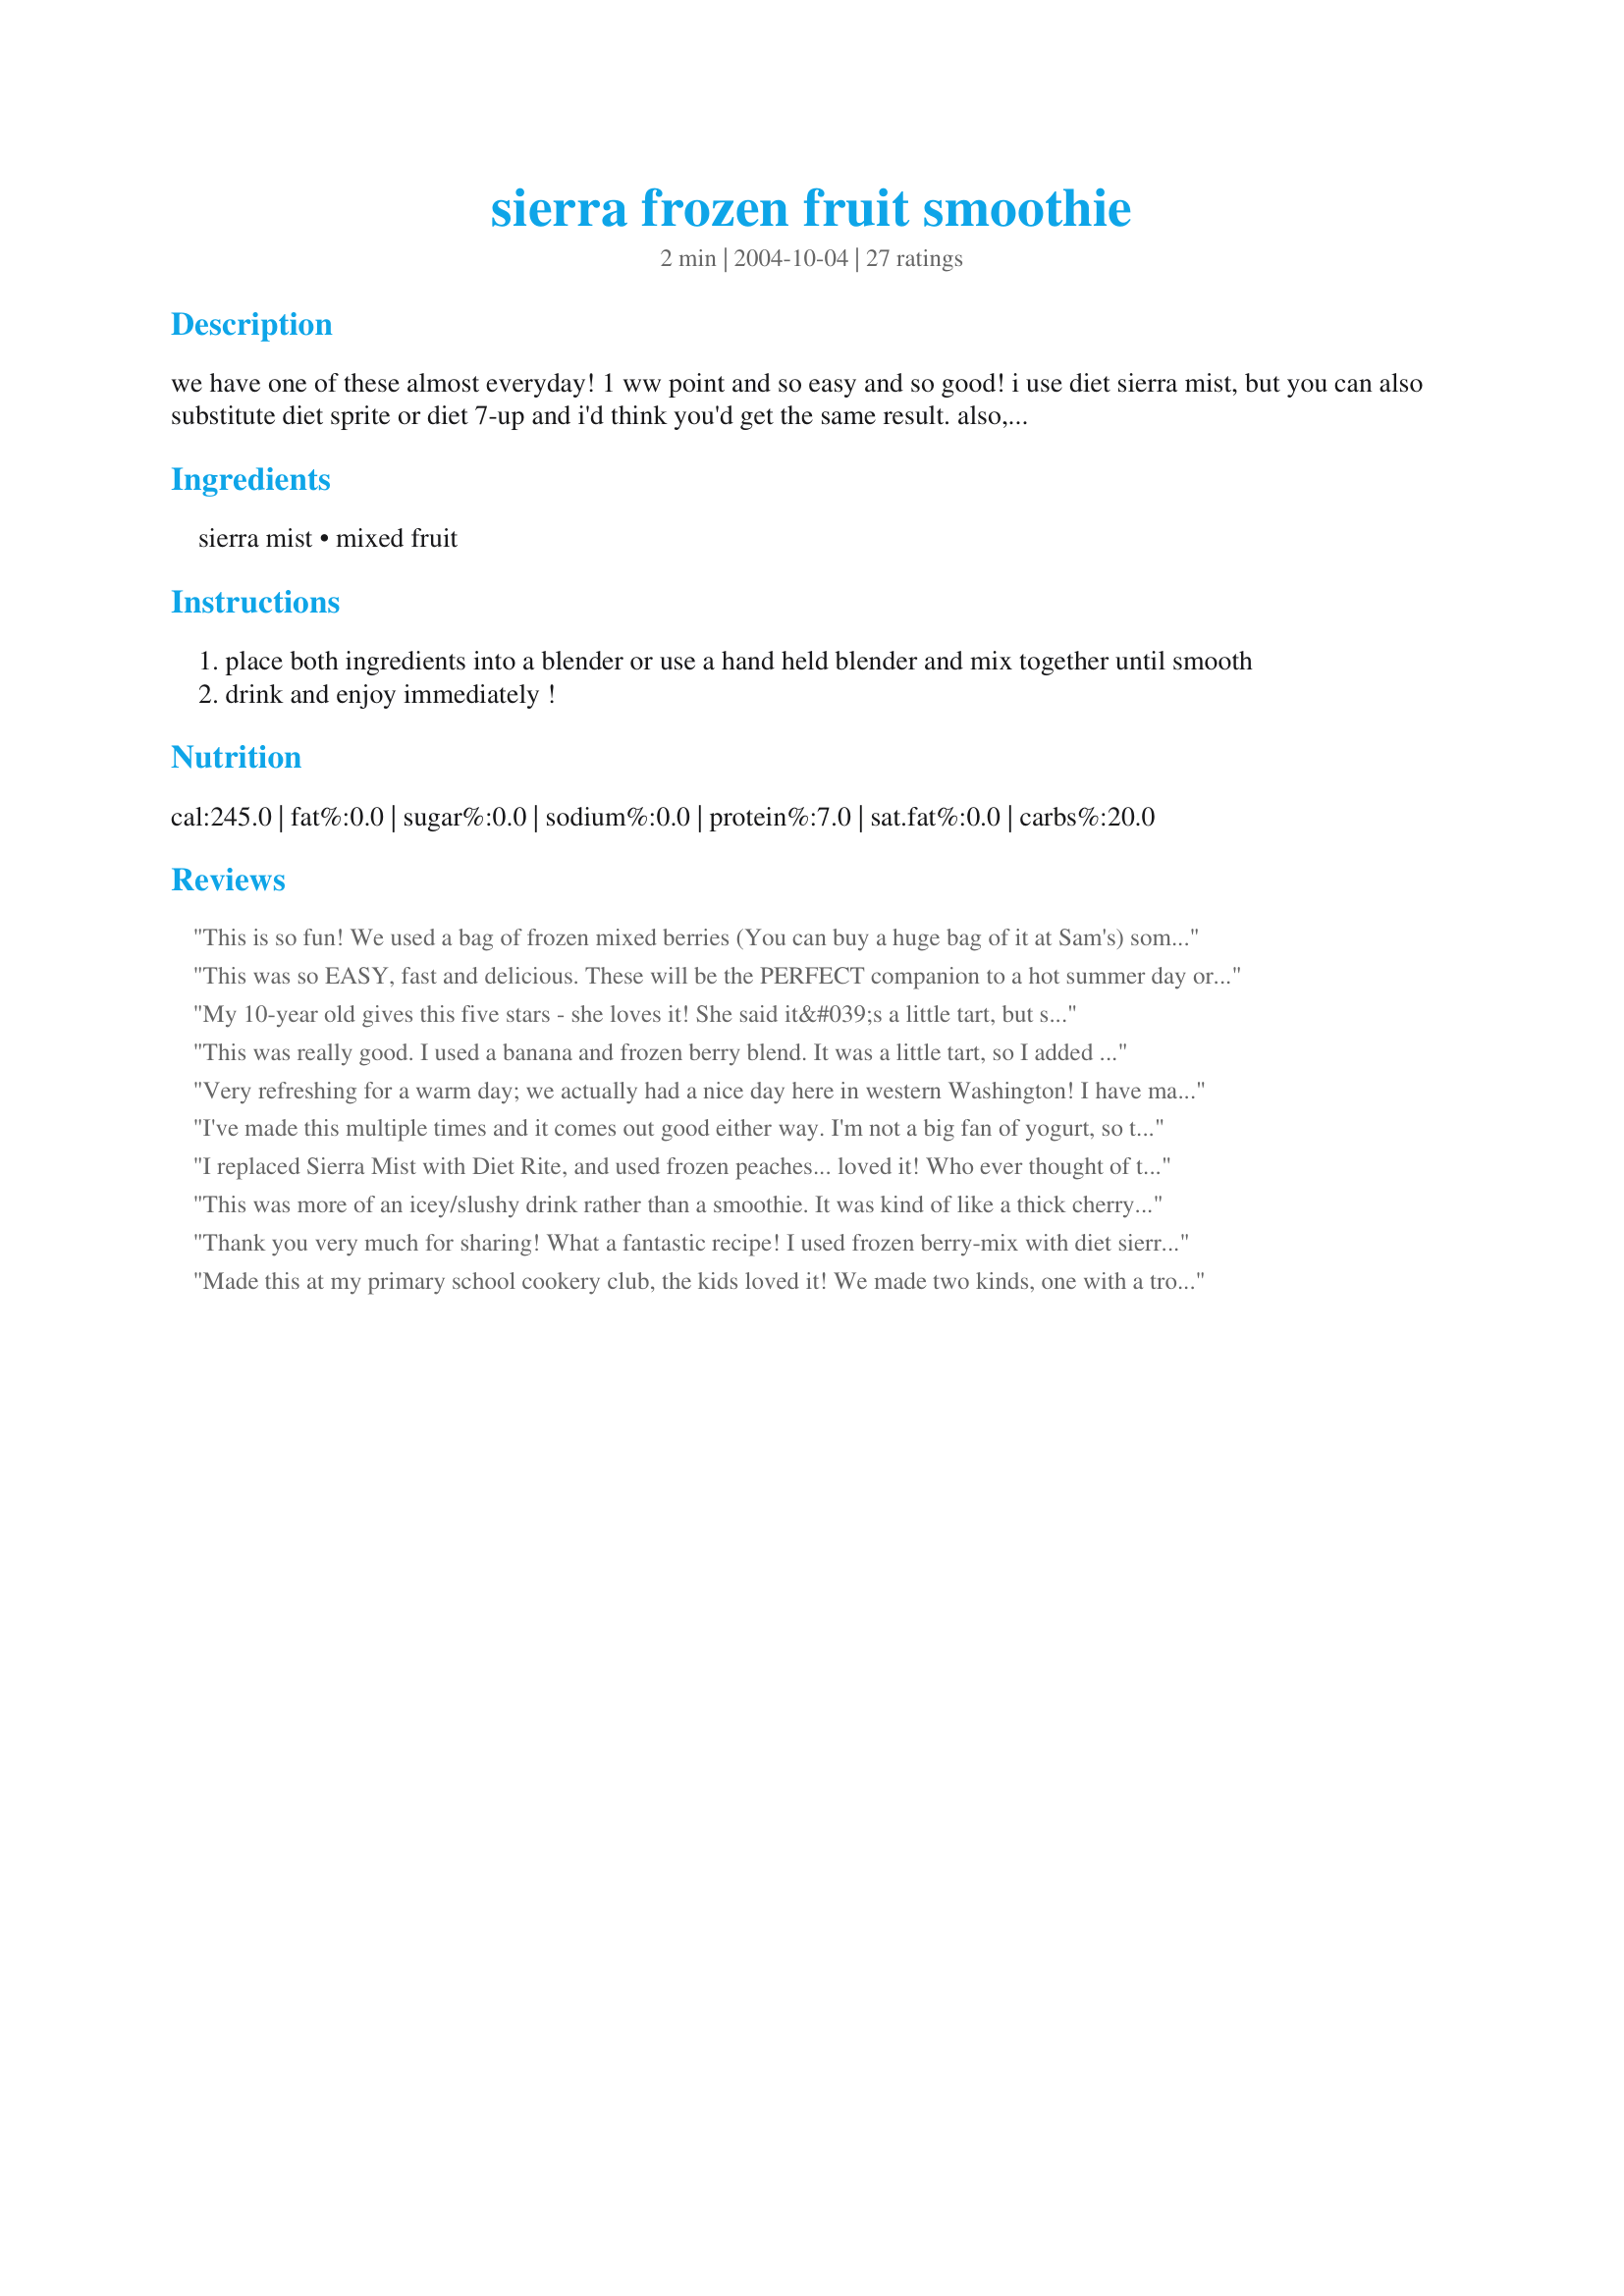
sierra frozen fruit smoothie
Preparation time: 2 minutes

we have one of these almost everyday! 1 ww point and so easy and so good! i use diet sierra mist, but you can also substitute diet sprite or diet 7-up and i'd think you'd get the same result. also, we use the frozen smoothie blend fruit, but you can use anything you'd like! enjoy.

Ingredients:
sierra mist, mixed fruit

Steps:
place both ingredients into a blender or use a hand held blender and mix together until smooth
drink and enjoy immediately !

Reviews:
This is so fun! We used a bag of frozen mixed berries (You can buy a huge bag of it at Sam's) some strawberry yogurt and regular Sierra Mist. It's a fun way for us to get some more fruit. Perfect with some popcorn on a TV night!
This was so EASY, fast and delicious. These will be the PERFECT companion to a hot summer day or night! Pure refreshment! I used regular Sierra Mist with strawberries and blueberries. We ended up pouring a little more Mist over each serving (in the glasses). Just beautiful!!!!! ~ Jeff's Girl Way Out West
My 10-year old gives this five stars - she loves it! She said it&#039;s a little tart, but she loves it.
This was really good. I used a banana and frozen berry blend. It was a little tart, so I added some Splenda. Very yummy!
Very refreshing for a warm day; we actually had a nice day here in western Washington! I have made it several times now using all kinds of different combinations of fruit and they all work very well.
I've made this multiple times and it comes out good either way. I'm not a big fan of yogurt, so this was the perfect way for me to get a smoothie. I've tried it with a few different fruit mixes, but I always like it best when it's heavy on the strawberries. It's extremely versatile and only takes a few seconds to make!
I replaced Sierra Mist with Diet Rite, and used frozen peaches... loved it! Who ever thought of this I owe a great debt of gratitude!
This was more of an icey/slushy drink rather than a smoothie. It was kind of like a thick cherry 7-up. I didn't especially love it, but my 3 year old did.
Thank you very much for sharing! What a fantastic recipe! I used frozen berry-mix with diet sierra-mist. Yummy!
Made this at my primary school cookery club, the kids loved it! We made two kinds, one with a tropical fruit mix and a summer berries one. We used diet 7 up and it was an instant hit. A great way to get fruit into kids. Thanks KC Cooker!
I just made this with my daughter, Cricket, and boy was this great!! It really had that oomph that a commercial slushie has.It's such a simple recipe, but I don't think I'd ever have thought of it. I'll be making another tonight!

Roxygirl
I just found this and I gotta say...YUM!! Even my 4 year old son loved it. We are enjoying our Blueberry Raspberry smoothies with popcorn THANKS!!
What a great idea!!! I just used plain frozen strawberries but I would like to try different combos next time. I never once thought of using diet soda with the fruit. So refreshing and cool on a hot day. I used diet 7-UP instead of the sierra mist as thats what I had at the house. Thank you so much for a recipe we will use many times over. Yummmmmy.
Yum Yum Yum!
I love the flavor of these - great non-dairy alternative... I used diet Grapefruit Soda. Thanks!
I have made this recipe 4 times this past weekend. I bought diet 7-Up as well and used a mix of blackberries, blueberries & cherries. MMMMM! I will be making this alot and it is awesome. Thanks!
SO GOOD! Superfast, light and refreshing and a great way to get a couple of servings of fruit into your diet. I used half mango, half raspberries and Diet 7-up which was delicious. Any frozen fruit would be wonderful. Thanks, Kristen!!
We used diet 7-up with strawberries and kiwi's. DD enjoyed it a lot and we will be making it again trying different fruit blends.
I was looking for a no sugar added smoothie and came across this. I ran to the kitchen to make it and am enjoying it as I type this. Thank you for sharing it.
This was great, I was trying to find a way to use up some frozen mixed fruit without making them dairy smoothies. This was perfect, I used Sprite zero because we had that on hand and it was so refreshing! Thanks!
This is so easy and good! I used strawberries and regular 7-up, but I think pretty much any combo of fruit/soda would work. My mom used to make something similar with ginger ale, and this is pretty close. Thanks!
I made this for breakfast - what a great idea! So easy and tasted soooo good!!! Thanks KC!
Wonderful! I'm sipping this right now and in HEAVEN! I used Fresca and strawberry's. This is PERFECT! Thanks SO much for sharing!
This is a terrific treat whether or not you are watching your weight. My smoothie incuded frozen mango and blueberries as well as a few fresh (not frozen) strawberries. The Sierra Mist adds a nice soft citrus flavor and lightness to the smoothie that you don't get using milk or yogurt. This is sure to be a staple for me. Thanks KC!
Awesome!
I bought a bottle of the new Diet Ruby Splash Sierra Mist and used that. It was really good. I used frozen blueberries, a banana, and a fresh peach. Also added some ice cubes. It was soooo good! I loved the little zing that the sierra mist added.
This is very tasty and healthy! I use half frozen strawberries and half frozen peaches. I add one packet of splenda. Delicious! My husband and I have this every night with lo cal micro popcorn. We do not feel deprived and this is a great recipe for those trying to lose a few pounds!
This was great, and it curred my sweet tooth. Thanks for a great recipe. I will be making this often.
